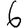
Digit: 6